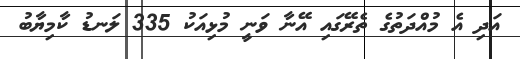
އަދި އެ މުއްދަތުގެ ތެރޭގައި އޭނާ ވަނީ މުޅިއަކު 335 ލަނޑު ކާމިޔާބު